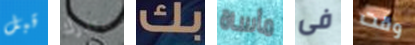
قبل ستدرك بك مأساة فى وقت